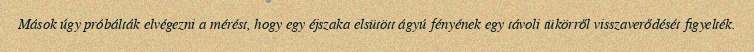
Mások úgy próbálták elvégezni a mérést, hogy egy éjszaka elsütött ágyú fényének egy távoli tükörről visszaverődését figyelték.